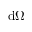
\mathrm { d } \Omega